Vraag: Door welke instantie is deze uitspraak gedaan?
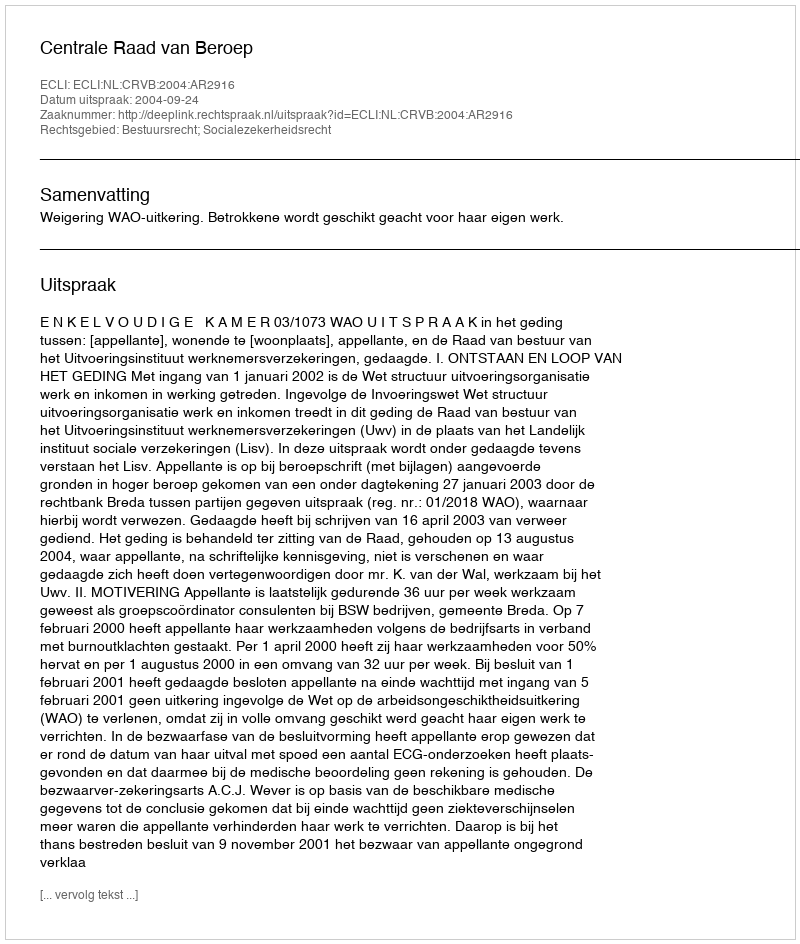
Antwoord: Centrale Raad van Beroep